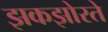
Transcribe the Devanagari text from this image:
झकझोरते